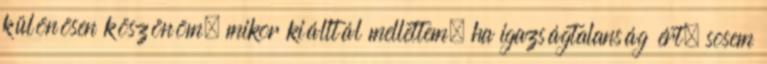
különösen köszönöm, mikor kiálltál mellettem, ha igazságtalanság ért, sosem